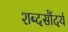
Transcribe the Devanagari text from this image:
शब्दसौंदर्य